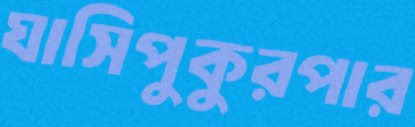
ঘাসিপুকুরপার